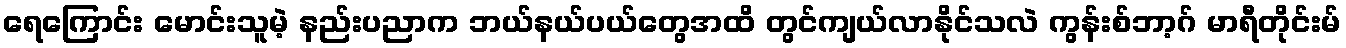
ရေကြောင်း မောင်းသူမဲ့ နည်းပညာက ဘယ်နယ်ပယ်တွေအထိ တွင်ကျယ်လာနိုင်သလဲ ကွန်းစ်ဘာ့ဂ် မာရီတိုင်းမ်